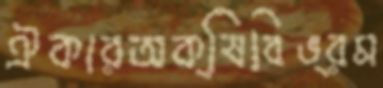
ঐকারঅক্ষিবিভ্রম